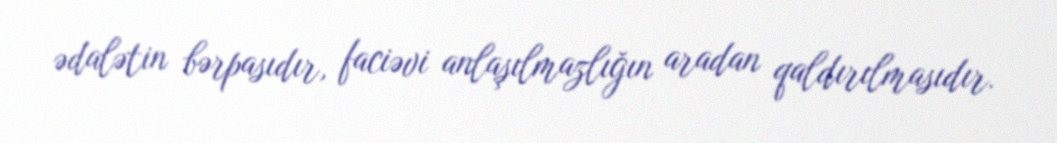
ədalətin bərpasıdır, faciəvi anlaşılmazlığın aradan qaldırılmasıdır.